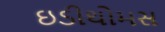
ઇડીથોમસ